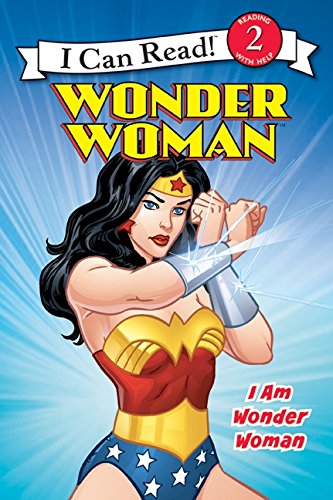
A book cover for Wonder Woman Classic: I Am Wonder Woman (I Can Read Level 2); Erin K. Stein; Children's Books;